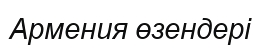
Армения өзендері